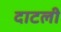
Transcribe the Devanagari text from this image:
दाटली